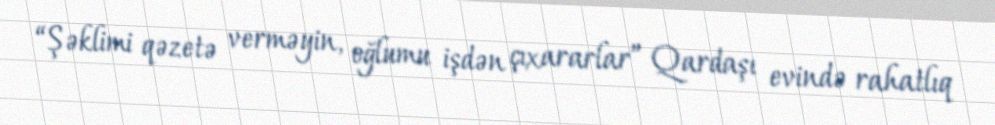
“Şəklimi qəzetə verməyin, oğlumu işdən çıxararlar” Qardaşı evində rahatlıq